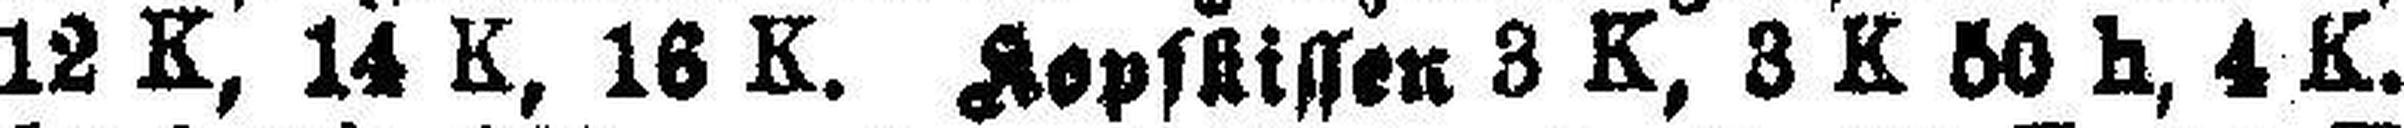
12 K, 14 K, 16 K. Kopfkissen 3 K, 3 K 50 h, 4 K.